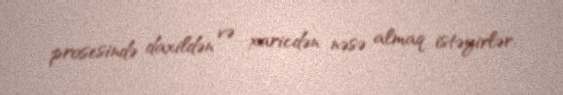
prosesində daxildən və xaricdən nəsə almaq istəyirlər.